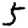
Digit: 5